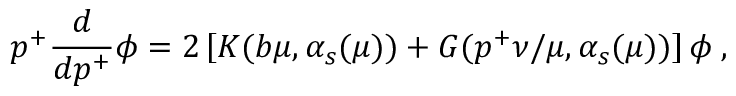
p ^ { + } \frac { d } { d p ^ { + } } \phi = 2 \left[ K ( b \mu , \alpha _ { s } ( \mu ) ) + G ( p ^ { + } \nu / \mu , \alpha _ { s } ( \mu ) ) \right] \phi \; ,